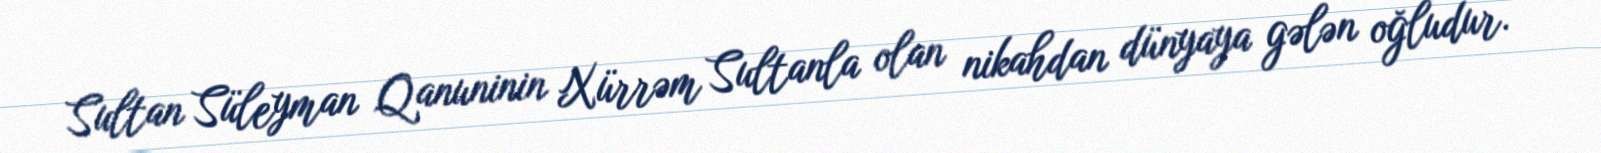
Sultan Süleyman Qanuninin Xürrəm Sultanla olan nikahdan dünyaya gələn oğludur.